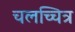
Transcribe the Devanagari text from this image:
चलच्चित्र